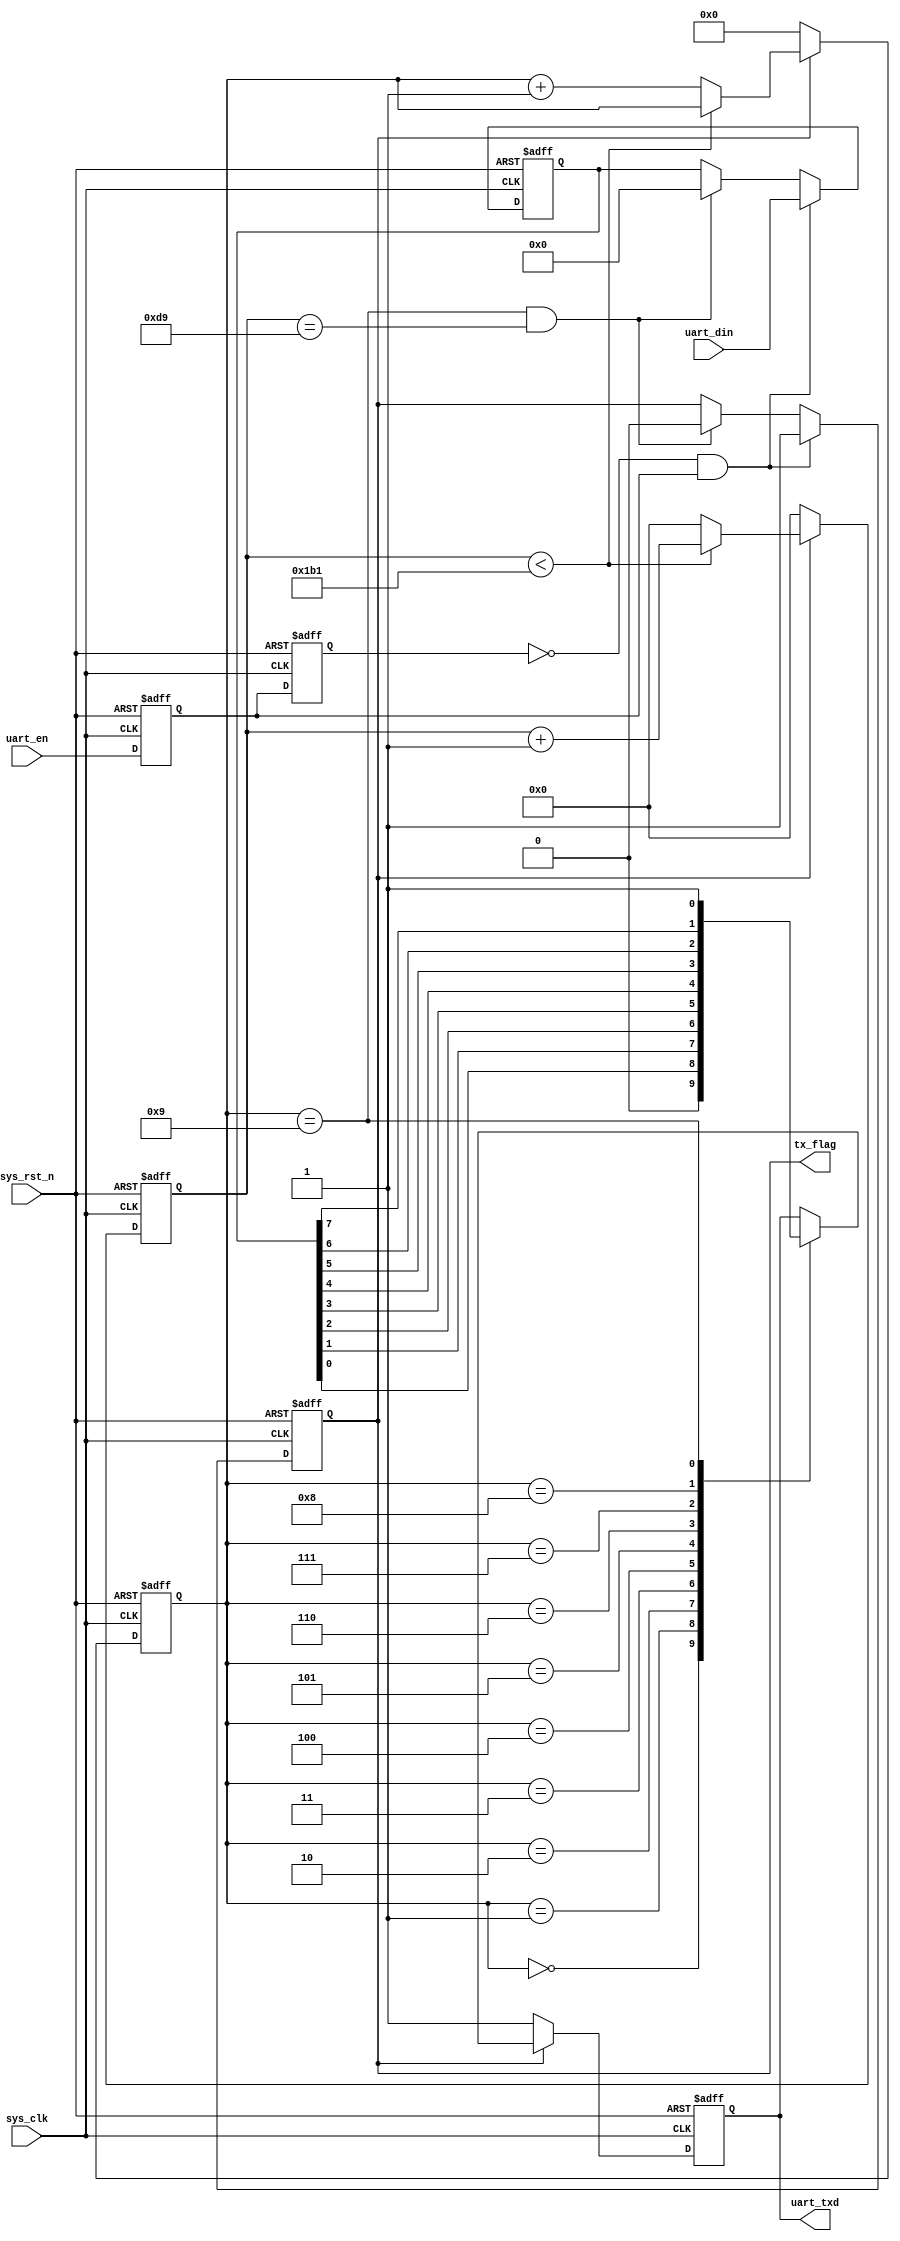
/*******************************************************************************

    @Author: H 
    @Associated Filename: uart_send
    @Purpose: low-level of uart
    @Device: All 
    @Version: 1.0
    @Date: 2021/09/12 20:17:10

*******************************************************************************/
module uart_send(
    // System Clock
    input        sys_clk,
    input        sys_rst_n,

    // User Interface
    input   [7:0]       uart_din,
    input               uart_en,

    output    reg       uart_txd,
    output    reg       tx_flag
);

    // parameter define
    parameter CLK_FREQ = 50_000_000;
    parameter UART_BPS = 115200;
    // BPS_CNT is send 1 bit need how many time cycles
    localparam BPS_CNT = CLK_FREQ/UART_BPS;
    
    // reg define
    reg                 uart_en_d0;
    reg                 uart_en_d1;
    reg         [15:0]  clk_cnt;
    reg         [3:0]   tx_cnt;
    reg         [7:0]   tx_data;

    // wire define
    wire                en_flag;
    /*******************************************************************************
     *                                 Main Code
    *******************************************************************************/
    // posedge check
    assign en_flag = (!uart_en_d1)&uart_en_d0;
    always @(posedge sys_clk or negedge sys_rst_n ) begin
        if(!sys_rst_n)begin
            uart_en_d0 <= 1'b0;
            uart_en_d1 <= 1'b0;
        end
        else begin
            uart_en_d0 <= uart_en;
            uart_en_d1 <= uart_en_d0;
        end
    end
    // when en_flag is 1, start send
    always @(posedge sys_clk or negedge sys_rst_n ) begin
        if(!sys_rst_n)begin
            tx_flag <= 1'b0;
            tx_data <= 8'b0;
        end
        else if (en_flag) begin   // when receive en_flag
                tx_flag <= 1'b1;
                tx_data <= uart_din;
            end
            // when receive 10bit data and stop at the mid time of receiving stop bit
            //  (rx_cnt == 4'd9) 9bit 9 BPS_CNT/2 
            //   tx_flag 
        else if ((tx_cnt == 4'd9)&&(clk_cnt == BPS_CNT/2)) begin
            tx_flag <= 1'b0;
            tx_data <= 8'b0;
        end
        else begin
            tx_flag <= tx_flag;
            tx_data <= tx_data;
        end
    end

    always @(posedge sys_clk or negedge sys_rst_n ) begin
        if(!sys_rst_n)begin
            clk_cnt <= 16'b0;
            tx_cnt <= 4'b0;
        end
        else if (tx_flag) begin
            // here need to count, wait BPS_CNT clk cycles to rx_cnt+1
            if (clk_cnt < BPS_CNT -1'b1) begin
                tx_cnt <= tx_cnt;
                clk_cnt <= clk_cnt + 1'b1;
            end
            else begin
                tx_cnt <= tx_cnt + 1'b1;
                clk_cnt <= 16'b0;
            end
        end
        else begin
            clk_cnt <= 16'b0;
            tx_cnt <= 4'b0;
        end
    end
    always @(posedge sys_clk or negedge sys_rst_n ) begin
        if(!sys_rst_n)begin
            uart_txd <= 1'b1;
        end
        else if (tx_flag) begin
            case (tx_cnt)
                4'd0: uart_txd <= 1'b0;     // start bit
                4'd1: uart_txd <= tx_data[0];
                4'd2: uart_txd <= tx_data[1];
                4'd3: uart_txd <= tx_data[2];
                4'd4: uart_txd <= tx_data[3];
                4'd5: uart_txd <= tx_data[4];
                4'd6: uart_txd <= tx_data[5];
                4'd7: uart_txd <= tx_data[6];
                4'd8: uart_txd <= tx_data[7];
                4'd9: uart_txd <= 1'b1;     // stop bit
                default: ;
            endcase 
        end
        else begin
            uart_txd <= 1'b1;   // when is IDLE, keep high port
        end
    end
endmodule